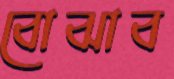
বোঝাব